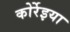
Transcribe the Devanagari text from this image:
कोर्रेइया